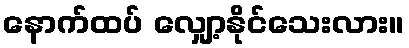
နောက်ထပ် လျှော့နိုင်သေးလား။